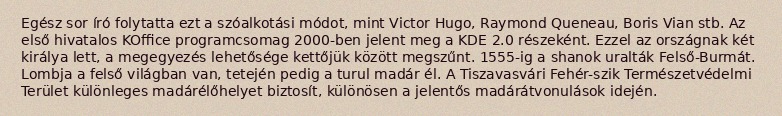
Egész sor író folytatta ezt a szóalkotási módot, mint Victor Hugo, Raymond Queneau, Boris Vian stb. Az első hivatalos KOffice programcsomag 2000-ben jelent meg a KDE 2.0 részeként. Ezzel az országnak két királya lett, a megegyezés lehetősége kettőjük között megszűnt. 1555-ig a shanok uralták Felső-Burmát. Lombja a felső világban van, tetején pedig a turul madár él. A Tiszavasvári Fehér-szik Természetvédelmi Terület különleges madárélőhelyet biztosít, különösen a jelentős madárátvonulások idején.